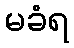
မခံရ